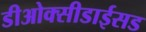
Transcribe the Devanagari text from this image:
डीओक्सीडाईसड